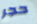
حجر